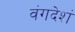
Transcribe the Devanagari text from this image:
वंगदेशं